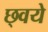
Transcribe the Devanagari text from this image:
छ्वये